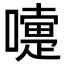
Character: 嚏